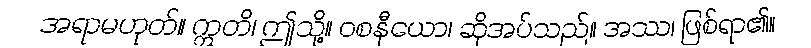
အရာမဟုတ်။ ဣတိ၊ ဤသို့။ ဝစနီယော၊ ဆိုအပ်သည်။ အဿ၊ ဖြစ်ရာ၏။